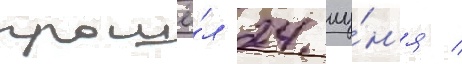
прошё́л 24 иу́н'я /